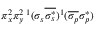
\pi _ { x } ^ { 2 } \pi _ { y } ^ { 2 } { } \, ^ { 1 } ( \sigma _ { s } \overline { { \sigma _ { s } ^ { * } } } ) ^ { 1 } ( \overline { { \sigma _ { p } } } \sigma _ { p } ^ { * } )